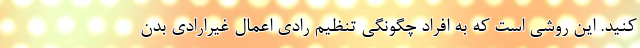
کنید. این روشی است که به افراد چگونگی تنظیم رادی اعمال غیرارادی بدن